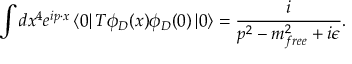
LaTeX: \int d x ^ { 4 } e ^ { i p \cdot x } \left< 0 \right| T \phi _ { D } ( x ) \phi _ { D } ( 0 ) \left| 0 \right> = \frac { i } { p ^ { 2 } - m _ { f r e e } ^ { 2 } + i \epsilon } .